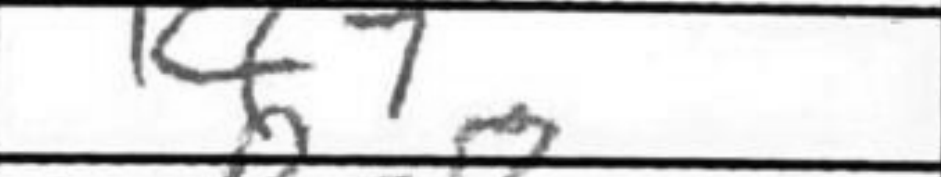
Transcription: Kf7